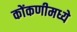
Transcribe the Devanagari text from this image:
कोंकणीमध्ये